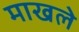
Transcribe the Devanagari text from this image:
माखले